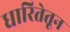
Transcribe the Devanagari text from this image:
धारितेतून